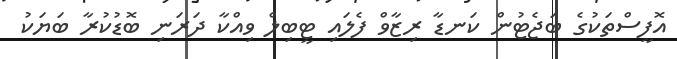
އޮފީސްތަކުގެ ބަޖެޓުން ކަނޑާ ރިޒާވް ފެލައި ޓީބިލް ވިއްކާ ދަރަނި ބޮޑުކުރާ ބަޔަކު